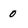
Character: 0